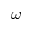
\omega